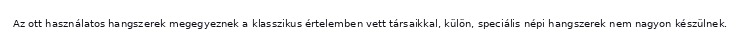
Az ott használatos hangszerek megegyeznek a klasszikus értelemben vett társaikkal, külön, speciális népi hangszerek nem nagyon készülnek.